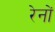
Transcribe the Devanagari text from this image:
रेनों